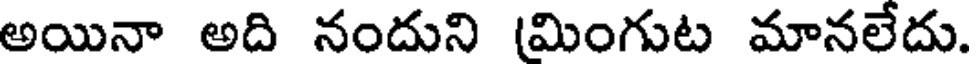
అయినా అది నందుని (మింగుట మానలేదు.